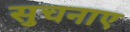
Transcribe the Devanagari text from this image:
सुचनाए